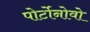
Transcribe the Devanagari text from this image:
पोर्टोनोवो